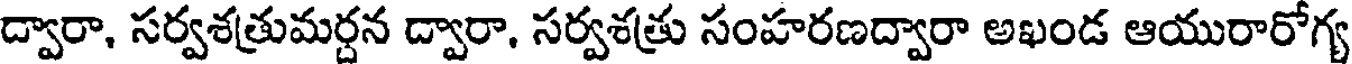
ద్వారా, సర్వశత్రుమర్దన ద్వారా, సర్వశత్రు సంహరణద్వారా అఖండ ఆయురారోగ్య